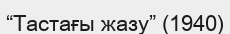
“Тастағы жазу” (1940)